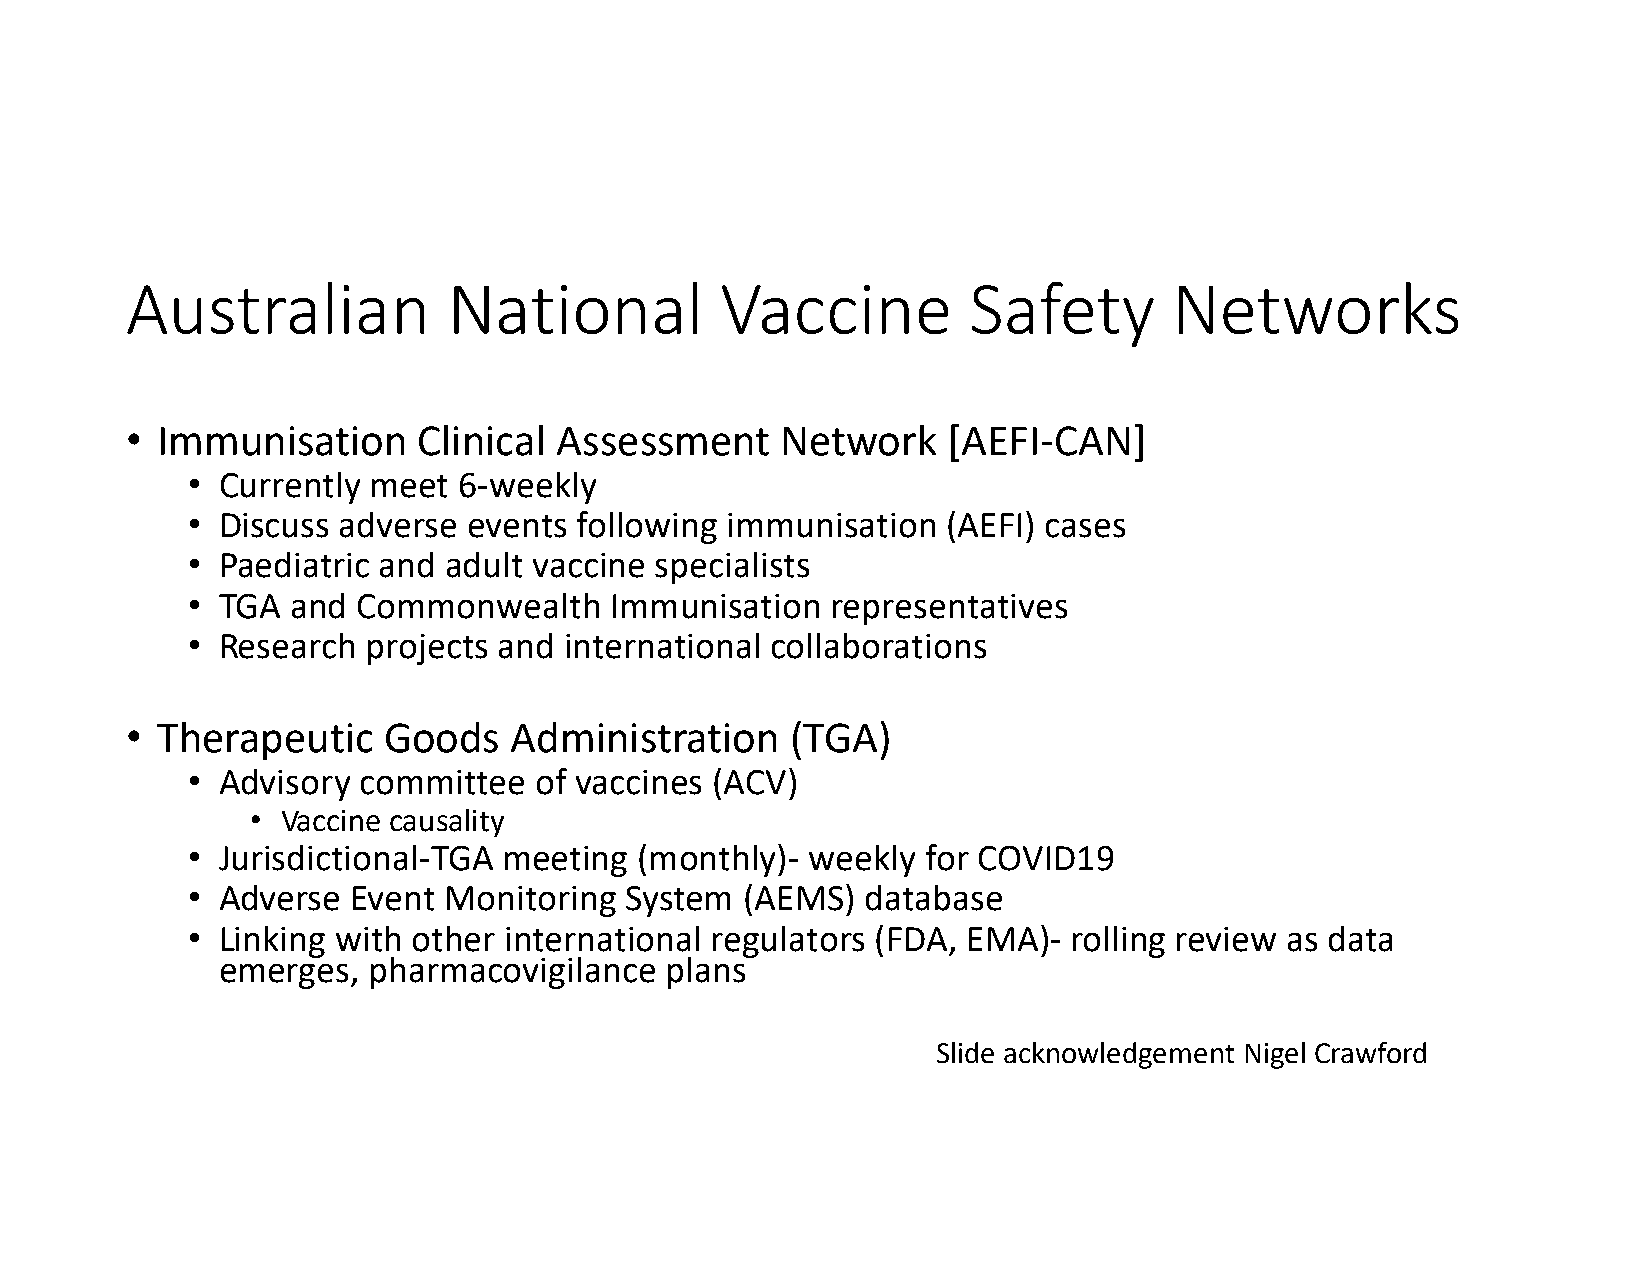
Australian            National          Vaccine         Safety        Networks
 • Immunisation      Clinical Assessment     Network    [AEFI-CAN]
 • Currently meet  6-weekly
 • Discuss adverse  events following immunisation   (AEFI) cases
 • Paediatric and adult vaccine specialists
 • TGA  and  Commonwealth    Immunisation   representatives
 • Research  projects and international collaborations
 • Therapeutic    Goods    Administration    (TGA)
 • Advisory  committee  of vaccines (ACV)
 • Vaccine causality
 • Jurisdictional-TGA meeting  (monthly)-  weekly for COVID19
 • Adverse  Event Monitoring  System  (AEMS)  database
 • Linking with other international regulators (FDA, EMA)-  rolling review as data
 emerges,  pharmacovigilance   plans
 Slide acknowledgement Nigel Crawford